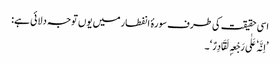
اسی حقیقت کی طرف سورۂ انفطار میں یوں توجہ دلائی ہے:
’اِنَّہٗ عَلٰی رَجْعِہٖ لَقَادِرٌ‘۔